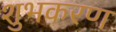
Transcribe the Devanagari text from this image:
शुभकरण